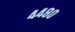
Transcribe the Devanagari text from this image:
४४८०